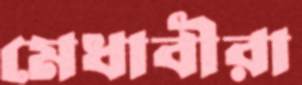
মেধাবীরা